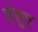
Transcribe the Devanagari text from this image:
हंसुए